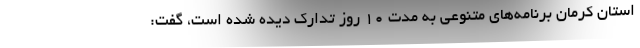
استان کرمان برنامه‌های متنوعی به مدت ۱۰ روز تدارک دیده شده است، گفت: